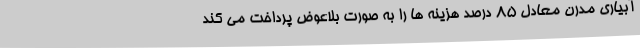
آبیاری مدرن معادل ۸۵ درصد هزینه ها را به صورت بلاعوض پرداخت می کند